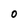
Character: O